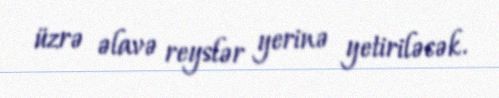
üzrə əlavə reyslər yerinə yetiriləcək.